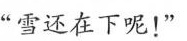
“雪还在下呢！”